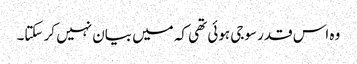
وہ اس قدر سوجی ہوئی تھی کہ میں بیان نہیں کر سکتا۔